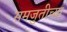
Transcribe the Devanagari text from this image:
समजुतीच्या